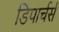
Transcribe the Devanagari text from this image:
डिपार्चर्स